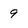
Character: 9